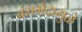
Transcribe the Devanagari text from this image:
वंशभेदामुळे